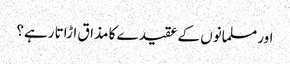
اور مسلمانوں کے عقیدے کا مذاق اڑاتا رہے؟